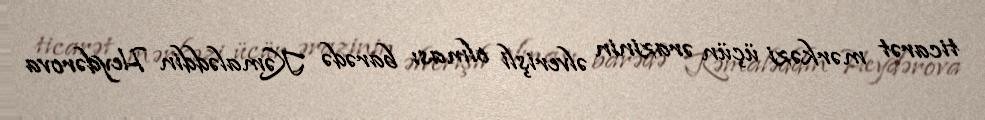
ticarət mərkəzi üçün ərazinin əlverişli olması barədə Kəmaləddin Heydərova